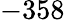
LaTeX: -358